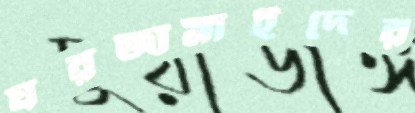
ঘরজামাইদের